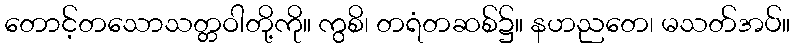
တောင့်တသောသတ္တဝါတို့ကို။ ကွစိ၊ တရံတဆစ်၌။ နဟညတေ၊ မသတ်အပ်။